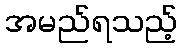
အမည်ရသည့်